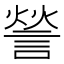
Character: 𮘠